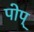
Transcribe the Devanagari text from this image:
पोप्